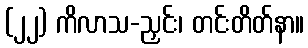
(၂၂) ကိလာသ-ညှင်း၊ တင်းတိတ်နာ။